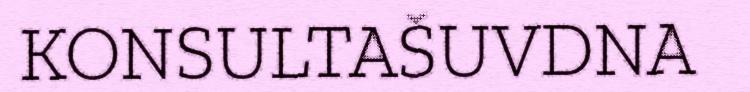
KONSULTAŠUVDNA